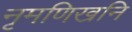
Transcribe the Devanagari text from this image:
नृमणिखनि